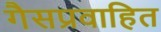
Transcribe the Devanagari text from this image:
गैसप्रवाहित